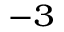
^ { - 3 }